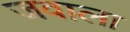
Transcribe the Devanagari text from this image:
जवाला